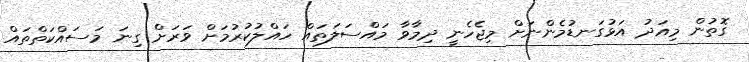
ގޮތުން މިއަދު އަޅުގަނޑުމެންނަށް މިޖެހެނީ ދިމާވާ މައްސަލަތައް ހައްލުކުރުމަށް ވަރަށް ގިނަ މަސައްކަތްތައް